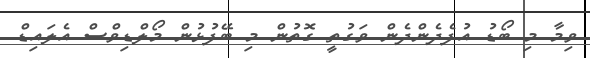
ވިމާ މި ބޯޑު އުފެދެންދެން ވަގުތީ ގޮތުން މި ބޭފުޅުން މޯލްޑިވްސް އެލައިޑް